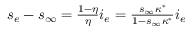
\begin{array} { r } { s _ { e } - s _ { \infty } = \frac { 1 - \eta } { \eta } i _ { e } = \frac { s _ { \infty } \kappa ^ { * } } { 1 - s _ { \infty } \kappa ^ { * } } i _ { e } } \end{array}